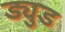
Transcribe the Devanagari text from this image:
ड्युड